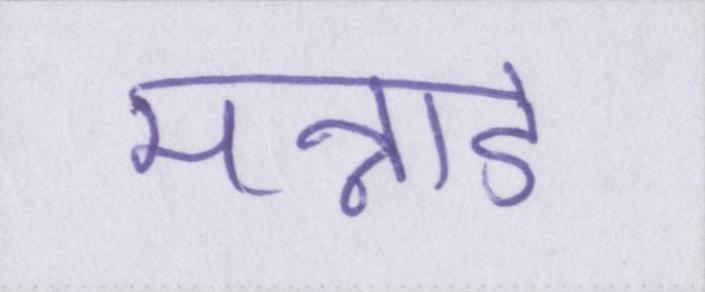
मन्नाडे